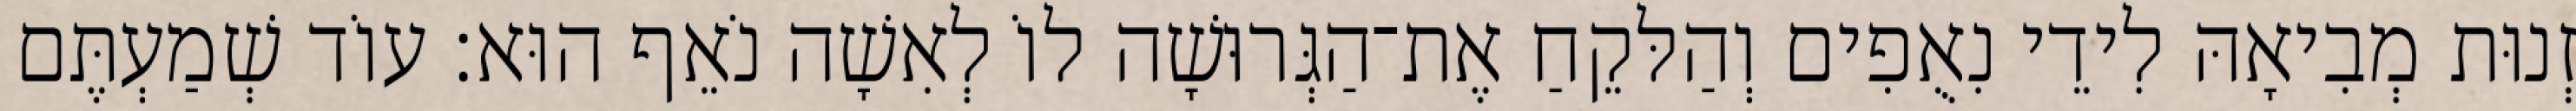
זְנוּת מְבִיאָהּ לִידֵי נִאֻפִים וְהַלּקֵחַ אֶת־הַגְּרוּשָׁה לוֹ לְאִשָׁה נֹאֵף הוּא׃ עוֹד שְׁמַעְתֶּם